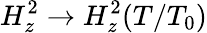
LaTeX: H_{z}^{2}\rightarrow H_{z}^{2}(T/T_{0})